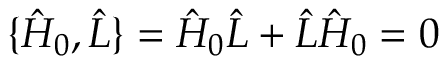
\{ \hat { H } _ { 0 } , \hat { L } \} = \hat { H } _ { 0 } \hat { L } + \hat { L } \hat { H } _ { 0 } = 0